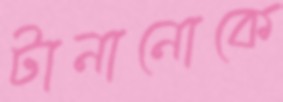
টানানোকে